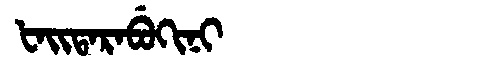
Manchu: ᡶᠠᡳᡨᠠᡵᠠᠪᡠᡴᡳᠨᡳ
Romanization: FAITARABUKINI